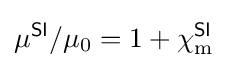
\mu ^{\textsf {SI}}/\mu _{0}=1+\chi _{\text{m}}^{\textsf {SI}}